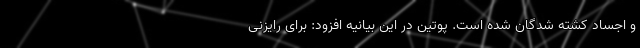
و اجساد کشته شدگان شده است. پوتین در این بیانیه افزود: برای رایزنی